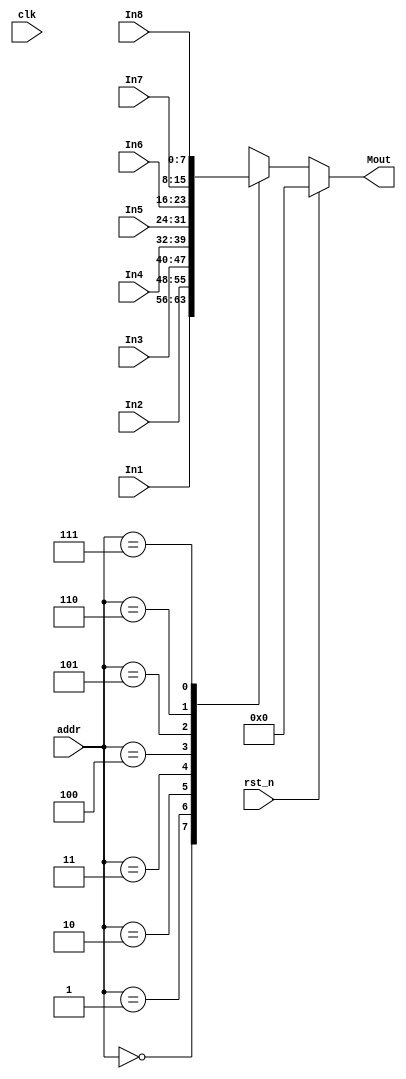
module Mux_8(
clk,rst_n,
addr,
In1,In2,In3,In4,In5,In6,In7,In8,
Mout
);

input clk, rst_n;
input[2:0] addr;
input[width-1:0] In1,In2,In3,In4,In5,In6,In7,In8;
output reg[width-1:0] Mout;
parameter width = 8;

always@(addr or In1 or In2 or In3 or In4 or In5 or In6 or In7 or In8)
	begin
		if(!rst_n)
			case(addr)
			3'b000: Mout = In1;
			3'b001: Mout = In2;
			3'b010: Mout = In3;
			3'b011: Mout = In4;
			3'b100: Mout = In5;
			3'b101: Mout = In6;
			3'b110: Mout = In7;
			3'b111: Mout = In8;
			endcase
		else
			Mout = 0;
	end
	
endmodule